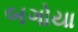
બગોયા